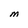
Character: M